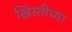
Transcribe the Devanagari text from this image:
ख्रिस्तीच्या